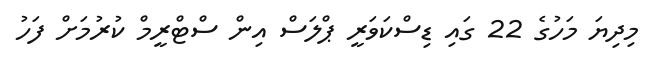
މިދިޔަ މަހުގެ 22 ގައި ޑިސްކަވަރީ ޕްލަސް އިން ސްޓްރީމް ކުރުމަށް ފަހު